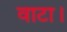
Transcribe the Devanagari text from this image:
वाटा।